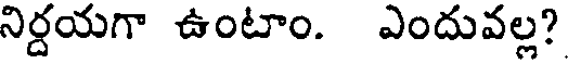
నిర్దయగా ఉంటాం. ఎందువల్ల?